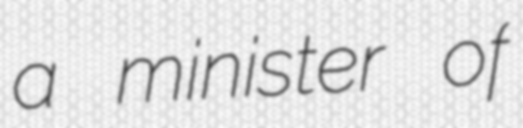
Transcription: a minister of